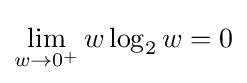
\lim _{w\to 0^{+}}w\log _{2}w=0